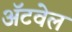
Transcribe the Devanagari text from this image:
अॅटवेल